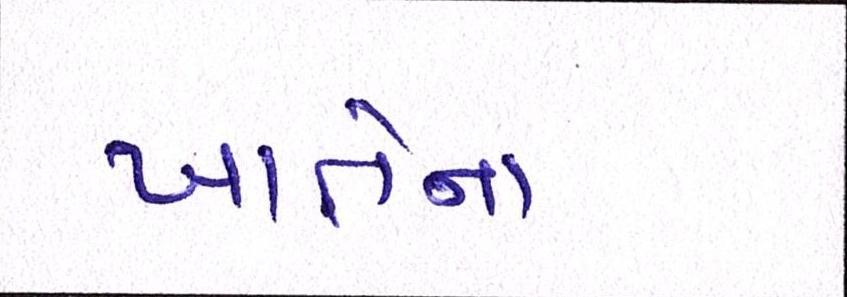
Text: ખાતેના